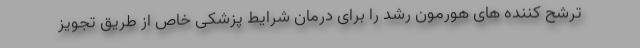
ترشح کننده های هورمون رشد را برای درمان شرایط پزشکی خاص از طریق تجویز